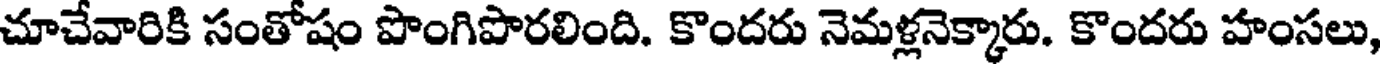
చూచేవారికి సంతోషం పొంగిపొరలింది. కొందరు నెమళ్లనెక్కారు. కొందరు హంసలు,